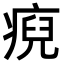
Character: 𤷅